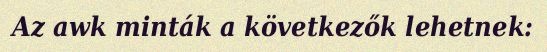
Az awk minták a következők lehetnek: